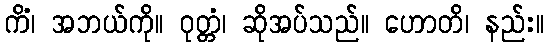
ကိံ၊ အဘယ်ကို။ ဝုတ္တံ၊ ဆိုအပ်သည်။ ဟောတိ၊ နည်း။